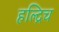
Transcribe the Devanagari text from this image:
हल्द्रिच